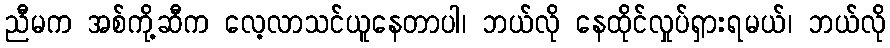
ညီမက အစ်ကို့ဆီက လေ့လာသင်ယူနေတာပါ၊ ဘယ်လို နေထိုင်လှုပ်ရှားရမယ်၊ ဘယ်လို